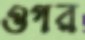
ওগর